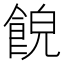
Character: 𩛨